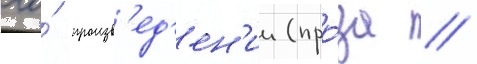
его́ произв'ед'ен'ии (про́за /